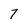
Character: 7